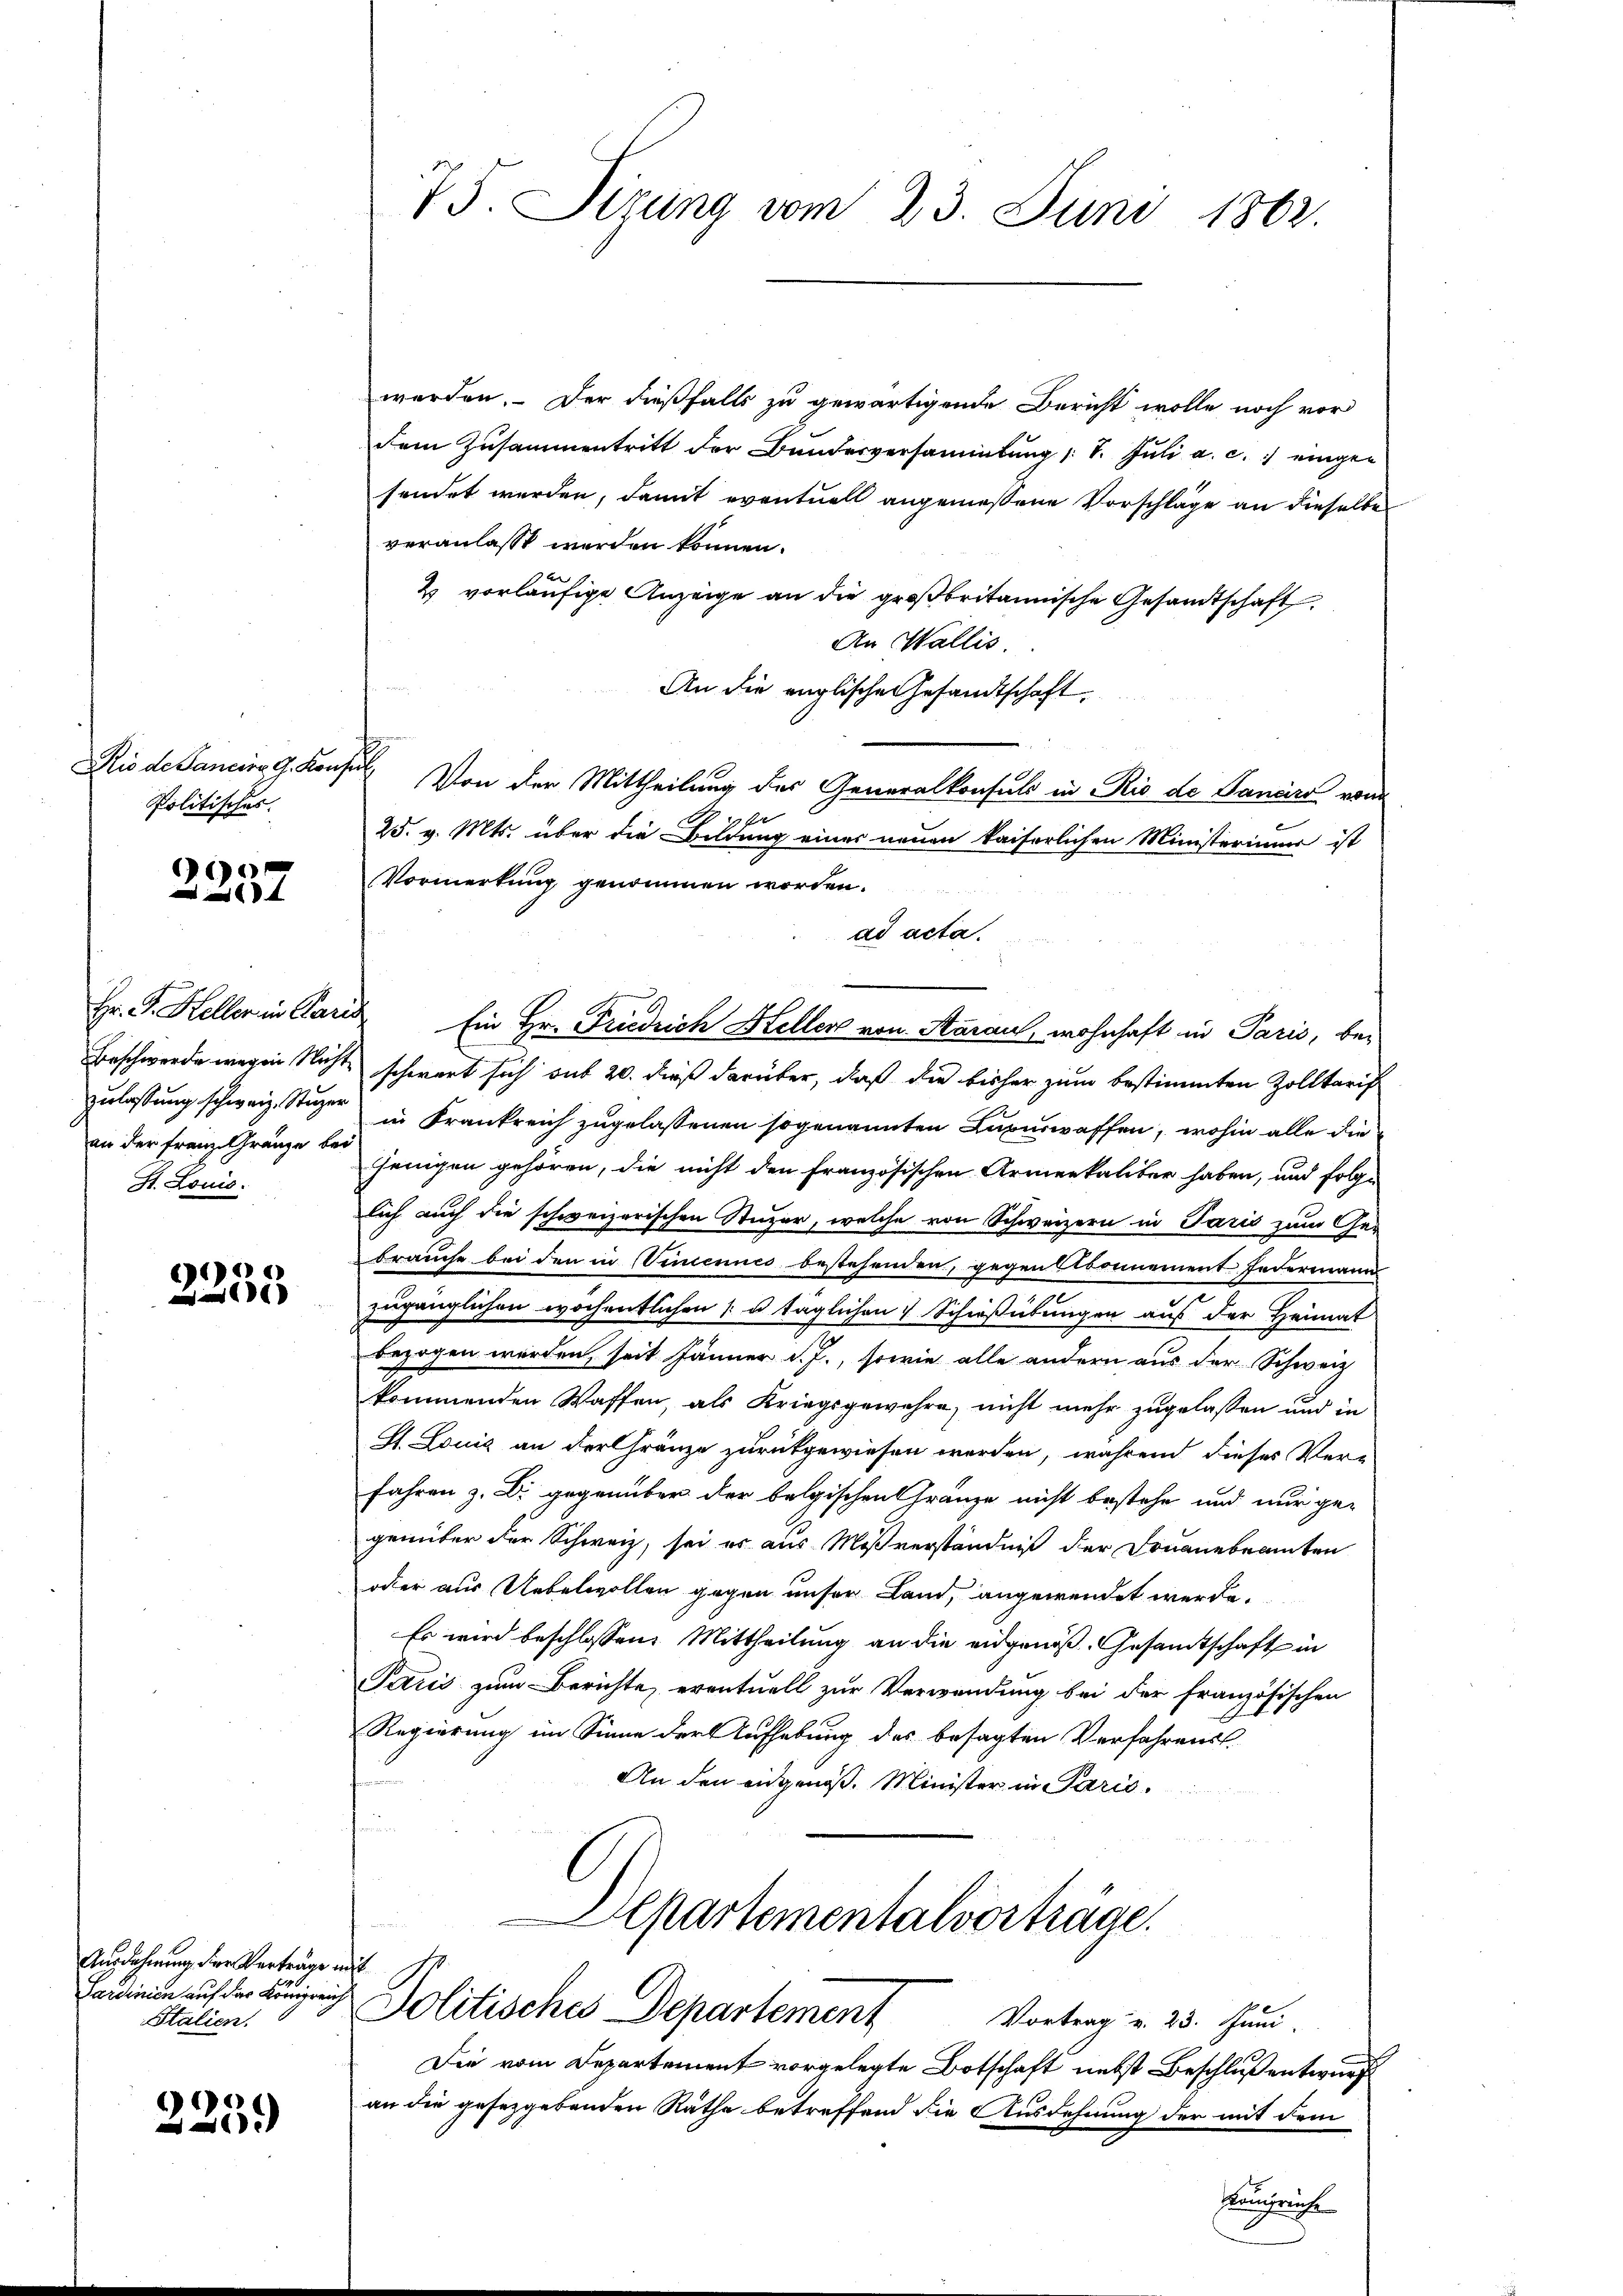
Rio de Sancier G. Konsul
Politisches.

6

Hr. P. Keller in Paris
an der Franz Gränze bei
St. Louis.

e

Ausdehnung der Verträge mit
Italien.

6
25.)

75. Sizung vom 23. Juni 1862.

werden. Der dießfalls zu gewärtigende Bericht wolle noch vor
dem Zusammentritt der Bundesversammlung 11. Jŭli a. c. eingen
sendet werden, damit eventuell angemessene Vorschläge an dieselbe
veranlasst werden können.
2 vorläufige Anzeige an die großbritannische Gesandtschaft
An Wallis.
An die englische Gesandtschaft,
Von der Mittheilung des Generalkonsuls in Rio de Sanaro von

25. v. Mts. über die Bildung einer neuen kaiserlichen Ministeriums ist
Vormerkung genommen worden.
ad acta.
Ein Hr. Friedrich Heller von Aaraus, wohnhaft in Paris, be-
Beschwerde wegen Nicht schwert sich sub 20. dieß darüber, daß die bisher zum bestimmten Zolltarif
zulassung schweiz. Studer in Krankreich zugelassenen sogenannten Lupurwaffen, wohin alle die
jenigen gehören, die nicht den französischen Armenkaliber haben, und folge
lich auch die schweizerischen Stuzer, welche von Schweizern in Paris zum Ger
brauche bei den in Vincenues bestehenden, gegen Abonnement Federmann
zugänglichen wöchentlichen u täglichen Schießübungen aus der Heimat
bezogen werden, seit Jänner d. J., sowie alle andern aus der Schweiz
kommenden Waffen, als Kriegsgewehre, nicht mehr zugelassen und in
St. Louis an der Gränze zurückgewiesen werden, während dieses Ver-
fahren z. Dr. gegenüber der belgischen Gränze nicht bestehe und nur ge-
genüber der Schweiz, sei es aus Mißverständniß der Fruanebeamten
oder aus Uebelwollen gegen unser Land, angewendet werde.
Es wird beschlossen: Mittheilung an die eidgenöß. Gesandtschaft in
Paris zum Berichte, eventuell zur Verwendung bei der französischen
Regierung im Sinne der Aufhebung des besagten Verfahrens
n
An den eidgenoß. Minister in Paris.
u
Aepartementalvorträge.
Fedienen auf der Lungen Politisches Departement Vortrag u. 23. Juni.
Die vom Departement vorgelegte Botschaft nebst Beschluß entwurf
an die gesetzgebenden Räthe betreffend die Ausdehnung der mit dem
Königreiche